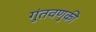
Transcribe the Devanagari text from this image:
गुंतवणुकी